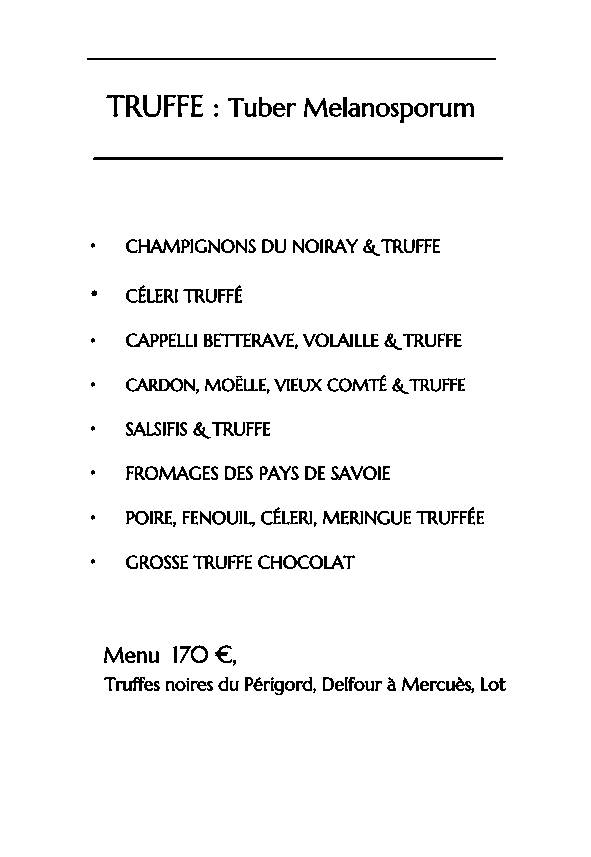
____________________________
 TRUFFE : Tuber Melanosporum
 ____________________________
 • CHAMPIGNONS DU NOIRAY & TRUFFE
 • CÉLERI TRUFFÉ
 • CAPPELLI BETTERAVE, VOLAILLE & TRUFFE
 • CARDON, MOËLLE, VIEUX COMTÉ & TRUFFE
 • SALSIFIS & TRUFFE
 • FROMAGES DES PAYS DE SAVOIE
 • POIRE, FENOUIL, CÉLERI, MERINGUE TRUFFÉE
 • GROSSE TRUFFE CHOCOLAT
 Menu 170 €,
 Truffes noires du Périgord, Delfour à Mercuès, Lot